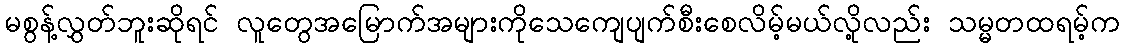
မစွန့်လွှတ်ဘူးဆိုရင် လူတွေအမြောက်အများကိုသေကျေပျက်စီးစေလိမ့်မယ်လို့လည်း သမ္မတထရမ့်က